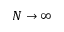
N \rightarrow \infty